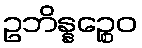
ဥဘိန္နဉ္စေဝ